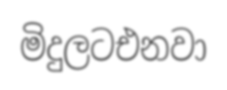
මිදුලටඑනවා